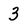
Character: 3